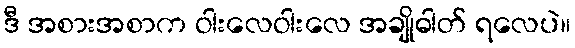
ဒီ အစားအစာက ဝါးလေဝါးလေ အချိုဓါတ် ရလေပဲ။